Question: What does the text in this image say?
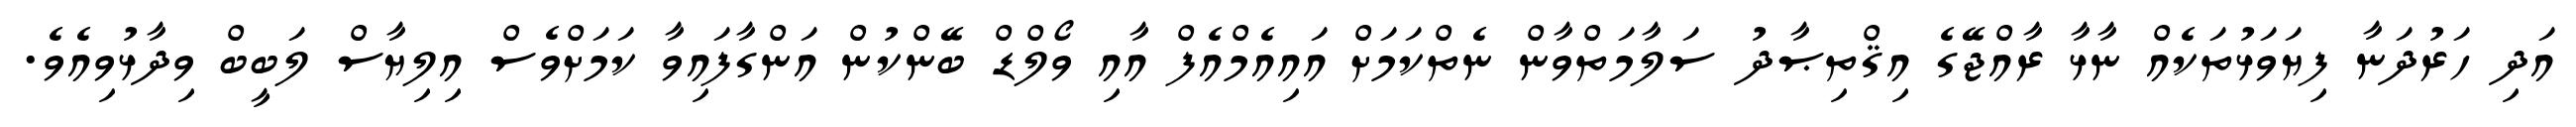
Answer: އަދި ހަރުދަނާ ފިޔަވަޅުތަކެއް ނާޅާ ރާއްޖޭގެ އިޤްތިޞާދު ސަލާމަތްވާން ނެތްކަމަށް އައިއެމްއެފް އާއި ވޯލްޑް ބޭންކުން އަންގާފައިވާ ކަމަށްވެސް އިލިޔާސް ލަބީބް ވިދާޅުވިއެވެ.